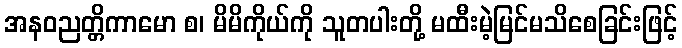
အနဝညတ္တိကာမော စ၊ မိမိကိုယ်ကို သူတပါးတို့ မထီးမဲ့မြင်မသိစေခြင်းဖြင့်